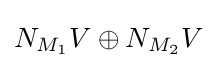
N_{M_{1}}V\oplus N_{M_{2}}V